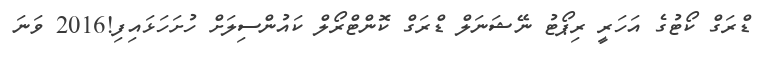
ޑްރަގް ކޯޓުގެ އަހަރީ ރިޕޯޓު ނޭޝަނަލް ޑްރަގް ކޮންޓްރޯލް ކައުންސިލަށް ހުށަހަޅައިފި!2016 ވަނަ